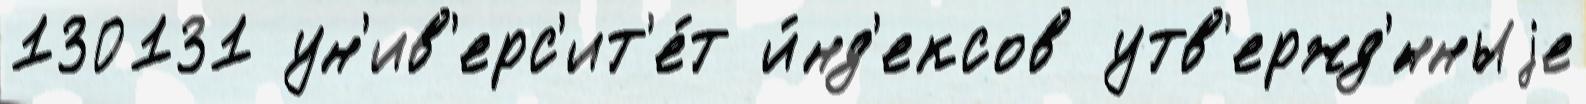
130131 ун'ив'ерс'ит'е́т и́нд'ексов утв'ержд'́нныjе